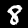
Digit: 8